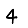
Digit: 4